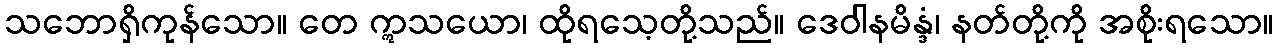
သဘောရှိကုန်သော။ တေ ဣသယော၊ ထိုရသေ့တို့သည်။ ဒေဝါနမိန္ဒံ၊ နတ်တို့ကို အစိုးရသော။